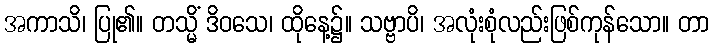
အကာသိ၊ ပြု၏။ တသ္မိံ ဒိဝသေ၊ ထိုနေ့၌။ သဗ္ဗာပိ၊ အလုံးစုံလည်းဖြစ်ကုန်သော။ တာ